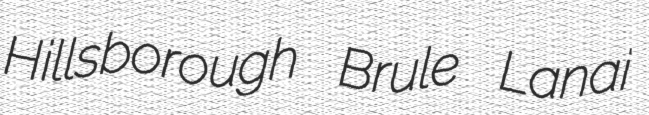
Hillsborough Brule Lanai